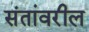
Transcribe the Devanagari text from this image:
संतांवरील